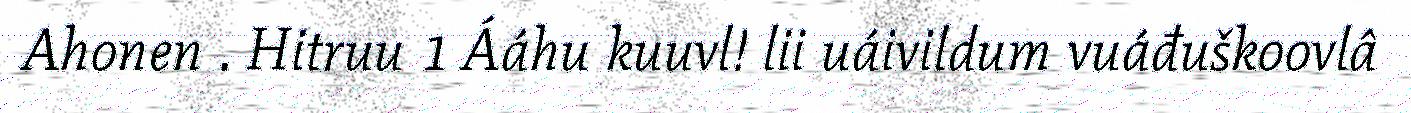
Ahonen . Hitruu 1 Ááhu kuuvl! lii uáivildum vuáđuškoovlâ